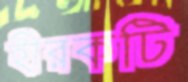
হীরকটি